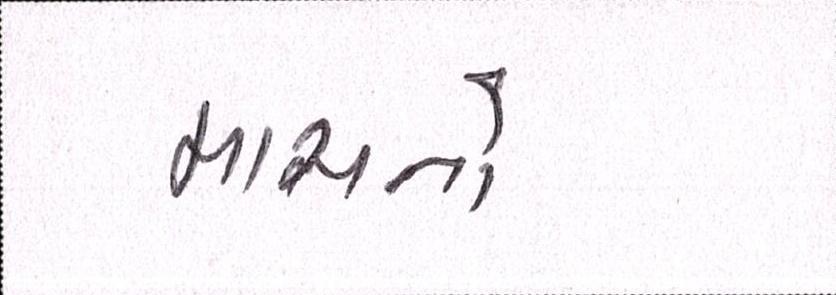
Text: માસનો